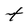
Character: t